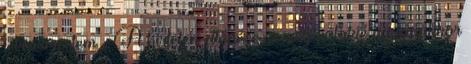
félreismertem. : A hirtelen eltűnése, s még valakié ugyanakkor